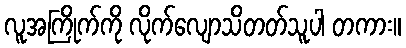
လူအကြိုက်ကို လိုက်လျောသိတတ်သူပါ တကား။